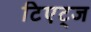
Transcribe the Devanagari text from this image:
टिएट्ज